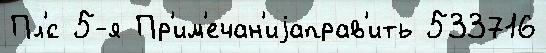
Пл'́с 5-я Пр'им'ечан'иjаправ'ить 533716